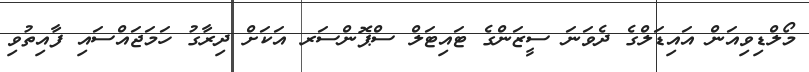
މޯލްޑިވިއަން އައިޑަލްގެ ދެވަނަ ސީޒަންގެ ޓައިޓަލް ސްޕޮންސަރ އަކަށް ދިރާގު ހަމަޖައްސައި ފާއިތުވި